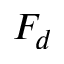
F _ { d }